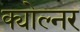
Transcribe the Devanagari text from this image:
क्योल्नर